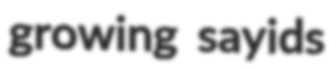
growing sayids